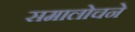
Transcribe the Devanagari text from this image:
समालोचने